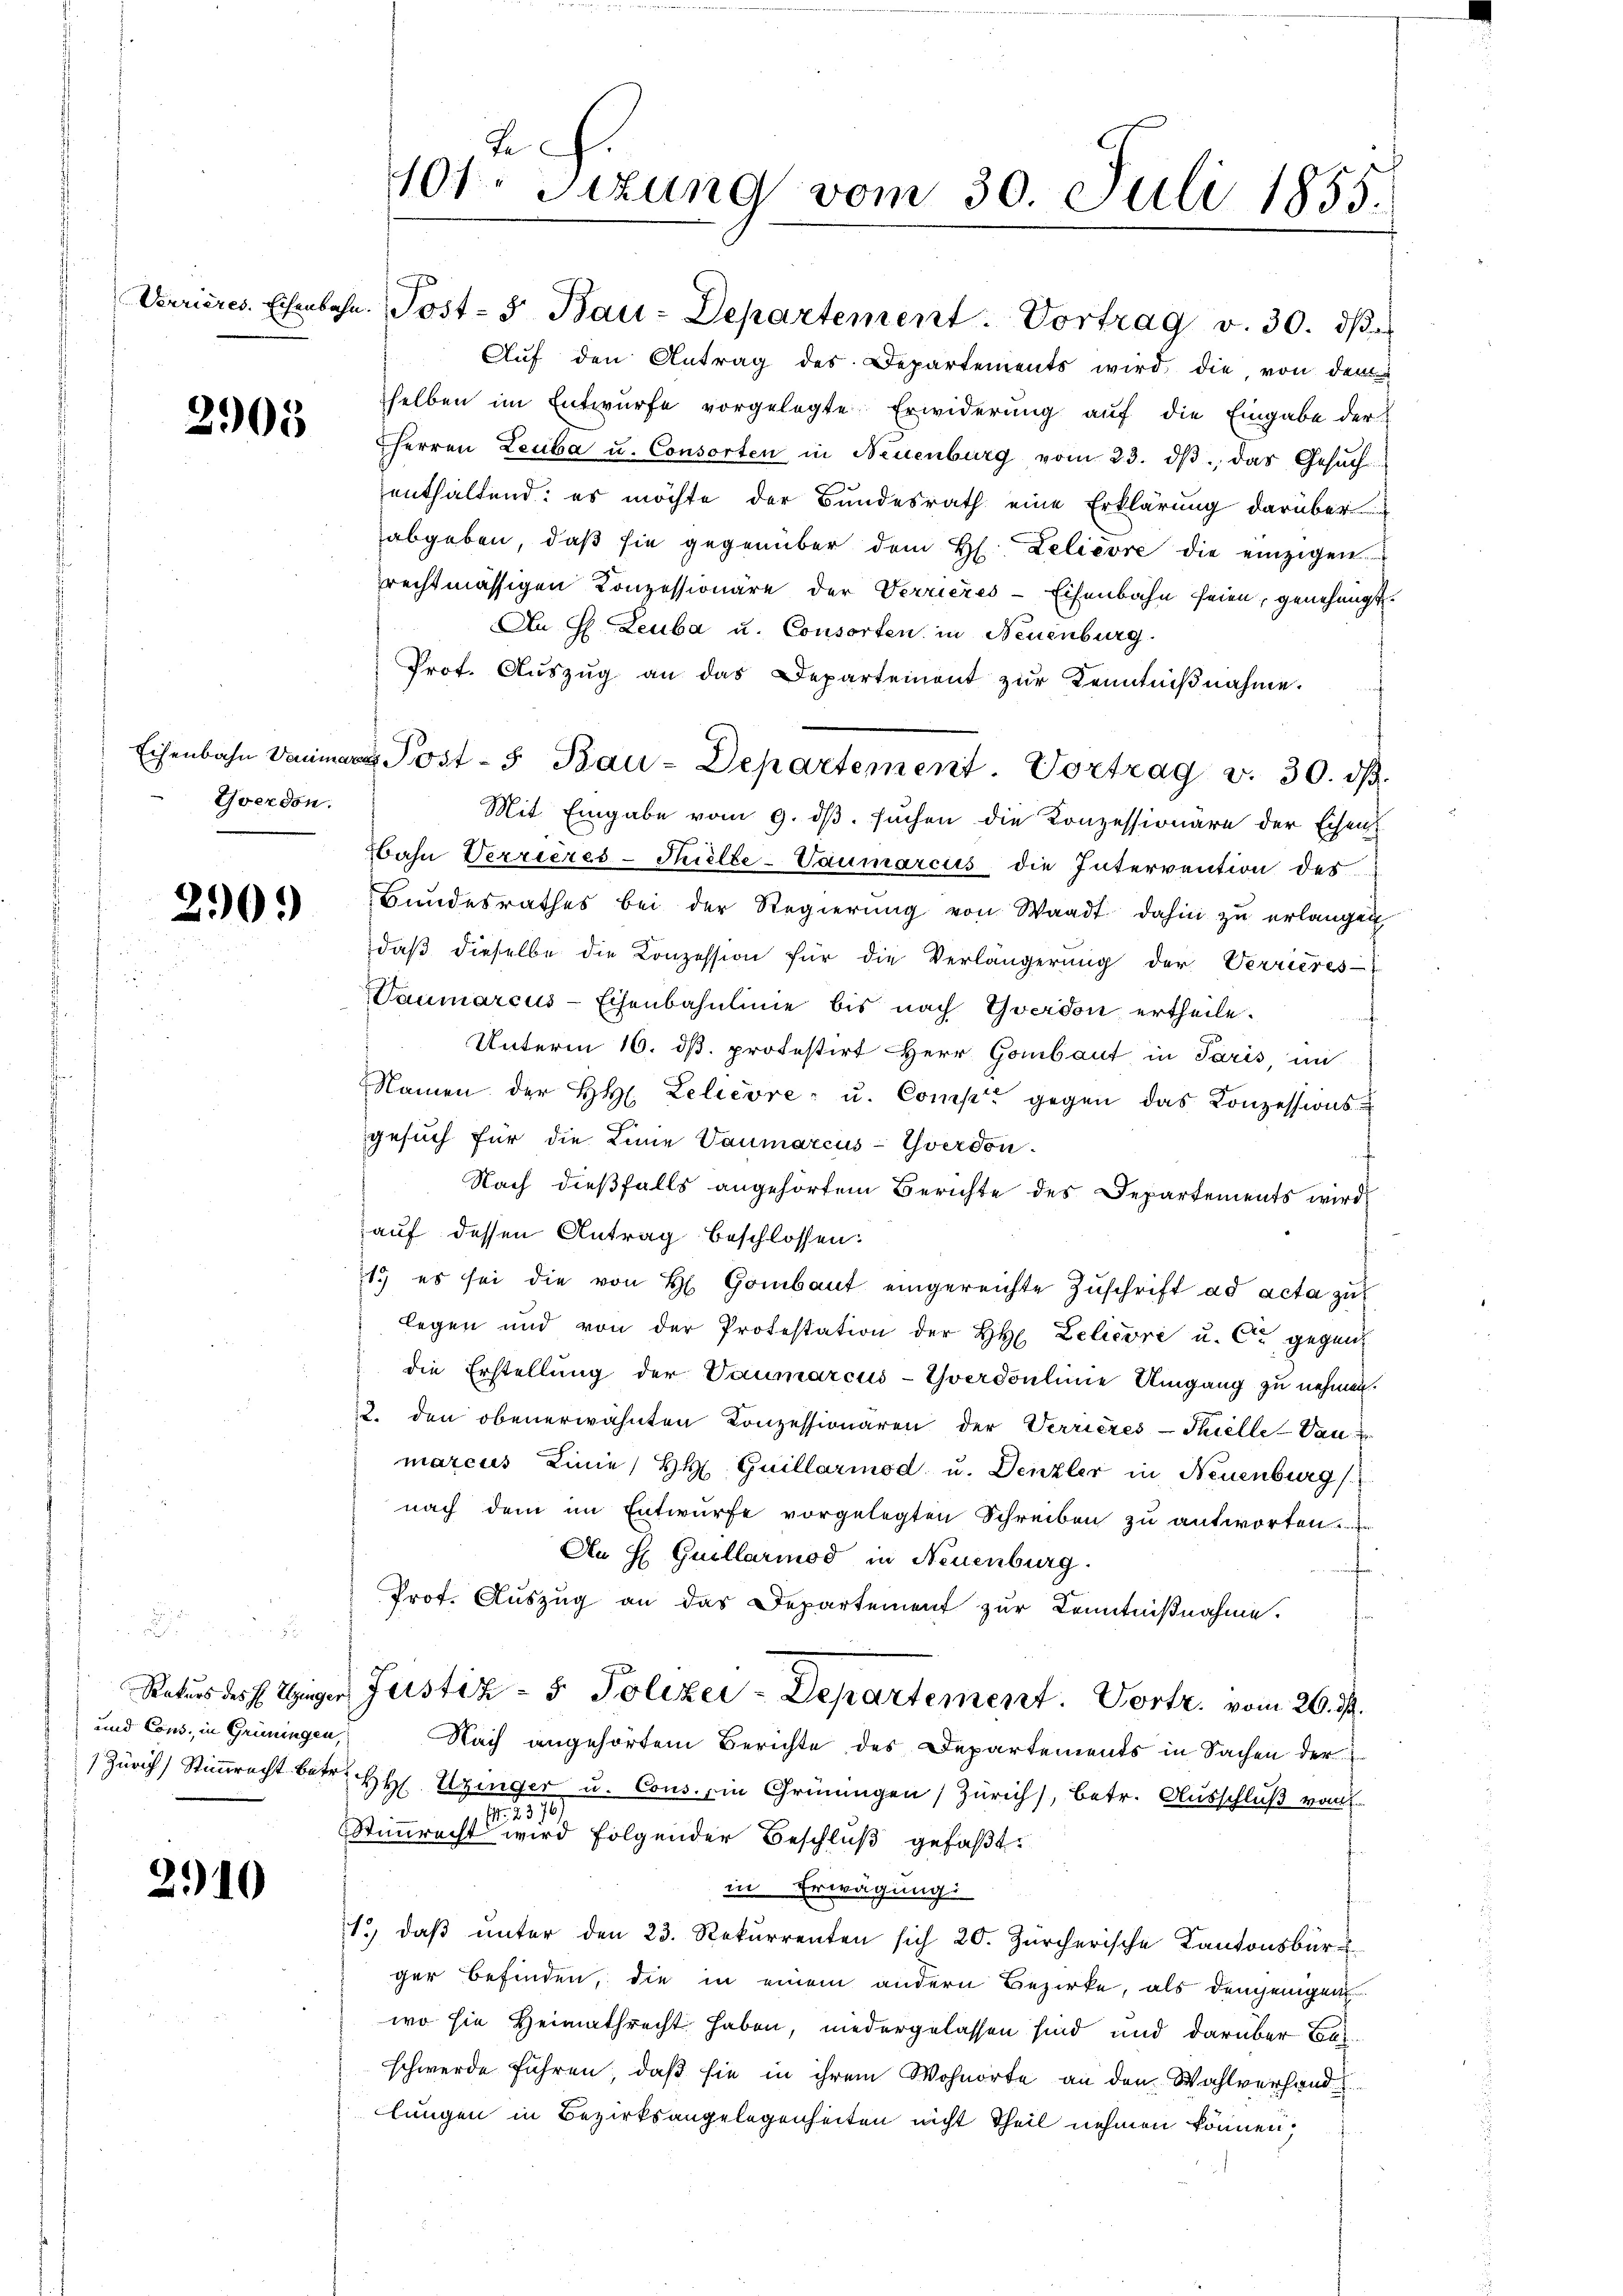
2905

Yverdon.

290.

und Cons, in Grüningen,

2910

2.
101. Situng vom 30. Juli 1855.

Eisenbahn an Post- 5. Bau-Departement. Vortrag v. 30. dβ.

Verrieres. Eichenbahn. Post- 5. Bau-Departement. Vortrag v. 30. dβ.
Aŭf den Antrag des Departements wird die, von der
selben im Entwürfe vorgelegte Erwiderung auf die Eingabe der
HHerren Leuba u. Consorten in Neuenburg vom 23. dβ das Gesŭch
enthaltend; es möchte der Bundesrath eine Erklärung darüber
abgeben, daβ sie gegenüber dem H. Lelièvre die einzigen
rechtmässigen Konzessionäre der Verriezes-Eisenbahn seien, genehmigt.
An H. Leuba u. Consorten in Neuenburg.
Prot. Aŭszŭg an das Departement zŭr Kenntniβnahme.
Mit Eingabe vom 9. ds. suchen die Konzessionäre der Eisen
Bahn Verrieres-Muelle-Vaumarcus die Intervention des
Bundesrathes bei der Regierŭng von Waadt dahin zu erlangen
daβ dieselbe die Konzession für die Verlängerŭng der Verrieres
Taumarcus-Eisenbahnlinie bis nach Yverdon ertheile.
Unterm 16. dß. protestirt Herr Gombaut in Paris, mi
Namen der H. Lelecore - u. Compe gegen das Konzessions-
gesuch für die Linie Vaumarcus-Yverdon-
Nach dießfalls angehörtem Berichte des Departements wird
auf dessen Antrag beschlossen:
1.) es sei die von H. Gombaut eingereichte Zŭschrift ad acta zu
legen und von der Protestation der H. Leliori u. Cie gegen
die Erstellung der Vaumarcus-Yverdonlinie Umgang zu nehmen.
2. den obenerwähnten Konzessionären der Verrieres-Thielle-Vau
marcus Linie H. Guillariod u. Denzler in Neuenburg (
nach dem im Entwurfe vorgelegten Schreiben zu antworten.
An H Guillariod in Neuenburg.
f
Prot. Aŭszŭg an das Departement zur Kenntniβnahme.
Ratus des E. Einger Justiz - 5. Polizei-Departement. Vortr. vom 26. d.
Nach angehörtem Berichte des Departements in Sachen der
 Zürich Stimmrecht betr. H. Uzinger u. Cons. ein Grüningen (Zürich), betr. Ausschluß vom
1
Stimmrecht wird folgender Beschluß gefaßt:
in Erwägung
1.) daß unter den 23. Rekurrenten sich 20. Zürcherische Kantonsbür-
ger befinden, die in einem andern Bezirke, als denjenigen
wo sie Heimathrecht haben, niedergelassen sind und darüber Beschwerde führen, daß sie in ihrem Wohnorte an den Wahlverhandlungen in Bezirksangelegenheiten nicht Theil nehmen können,